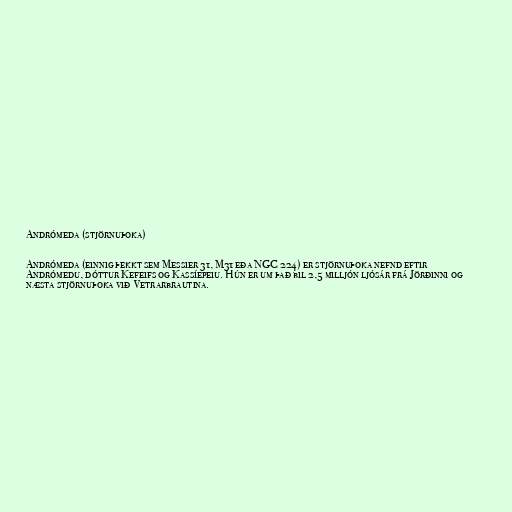
Andrómeda (stjörnuþoka)

Andrómeda (einnig þekkt sem Messier 31, M31 eða NGC 224) er stjörnuþoka nefnd eftir
Andrómedu, dóttur Kefeifs og Kassíepeiu. Hún er um það bil 2,5 milljón ljósár frá Jörðinni og
næsta stjörnuþoka við Vetrarbrautina.